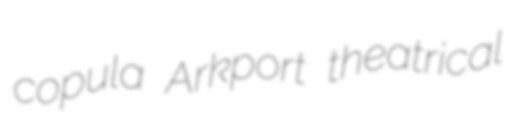
copula Arkport theatrical